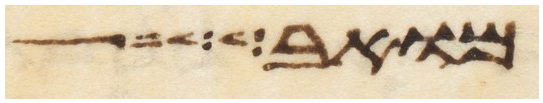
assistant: מואב